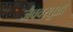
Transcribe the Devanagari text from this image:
जैववस्तुओं